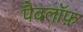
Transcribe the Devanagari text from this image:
पैवलॉफ़